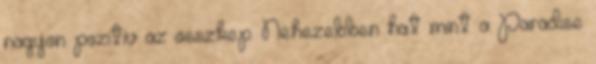
nagyon pozitiv az osszkep. Nehezebben hat mint a Paradise